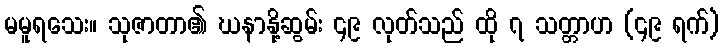
မမူရသေး။ သုဇာတာ၏ ဃနာနို့ဆွမ်း ၄၉ လုတ်သည် ထို ၇ သတ္တာဟ (၄၉ ရက်)